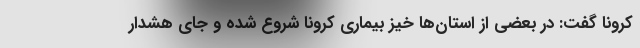
کرونا گفت: در بعضی از استان‌ها خیز بیماری کرونا شروع شده و جای هشدار